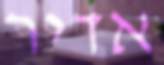
אדיר